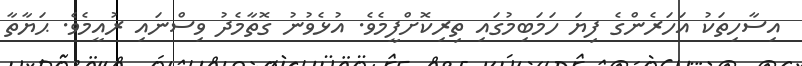
އިސާހިތަކު އަހަރެންގެ ފިޔަ ހަމަބިމުގައި ތިރިކޮށްފީމެވެ. އުޅެވުނު ގޮތާމެދު ވިސްނައި ރުއީމެވެ. ޙަޔާތާ